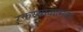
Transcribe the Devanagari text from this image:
रक्तस्स्रावात्मक